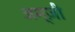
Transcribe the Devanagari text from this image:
अम्ज़ी